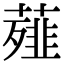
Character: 薤